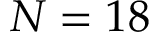
N = 1 8